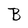
Character: B